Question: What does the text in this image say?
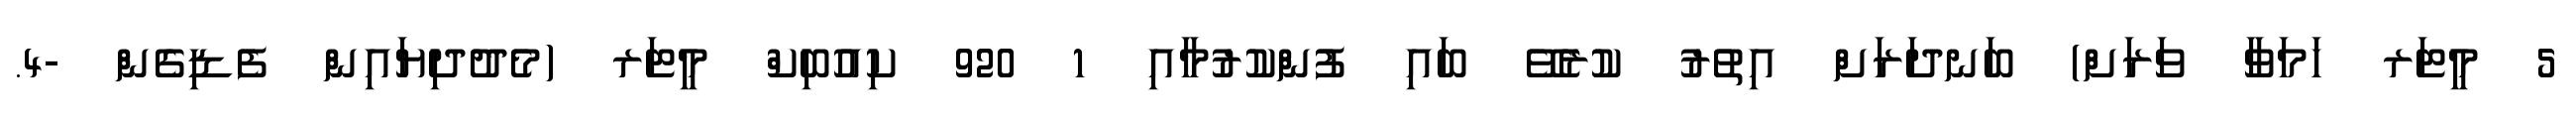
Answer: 5 މީޓަރ ހަމަވާ ވަރަށް) ބަނދަރަށް އިތުރު ކުރެވޭ ބައި ފުންކުރުމާއި 1 920 ކިއުބިކް މީޓަރ (މެދުދިޔައިން ފެޑިގެން -4.